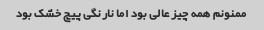
ممنونم همه چیز عالی بود اما نارنگی پیچ خشک بود